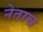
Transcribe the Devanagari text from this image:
नेताच